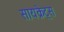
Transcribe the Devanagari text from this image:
सायक्रेट्स